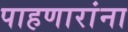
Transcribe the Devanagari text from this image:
पाहणारांना